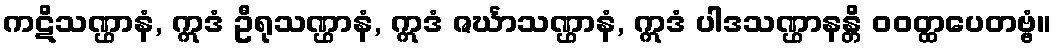
ကဋိသဏ္ဌာနံ, ဣဒံ ဦရုသဏ္ဌာနံ, ဣဒံ ဇင်္ဃာသဏ္ဌာနံ, ဣဒံ ပါဒသဏ္ဌာနန္တိ ဝဝတ္ထပေတဗ္ဗံ။